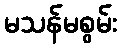
မသန်မစွမ်း